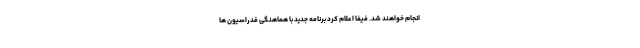
انجام خواهند شد. فیفا اعلام کرد برنامه جدید با هماهنگی فدراسیون ها